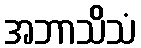
အဘာသိသံ